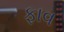
ફાવ